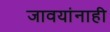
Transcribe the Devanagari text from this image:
जावयांनाही